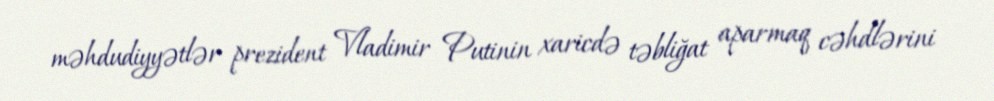
məhdudiyyətlər prezident Vladimir Putinin xaricdə təbliğat aparmaq cəhdlərini